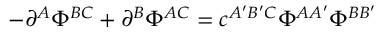
- \partial ^ { A } \Phi ^ { B C } + \partial ^ { B } \Phi ^ { A C } = c ^ { A ^ { \prime } B ^ { \prime } C } \Phi ^ { A A ^ { \prime } } \Phi ^ { B B ^ { \prime } }